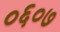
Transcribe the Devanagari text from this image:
०६०७